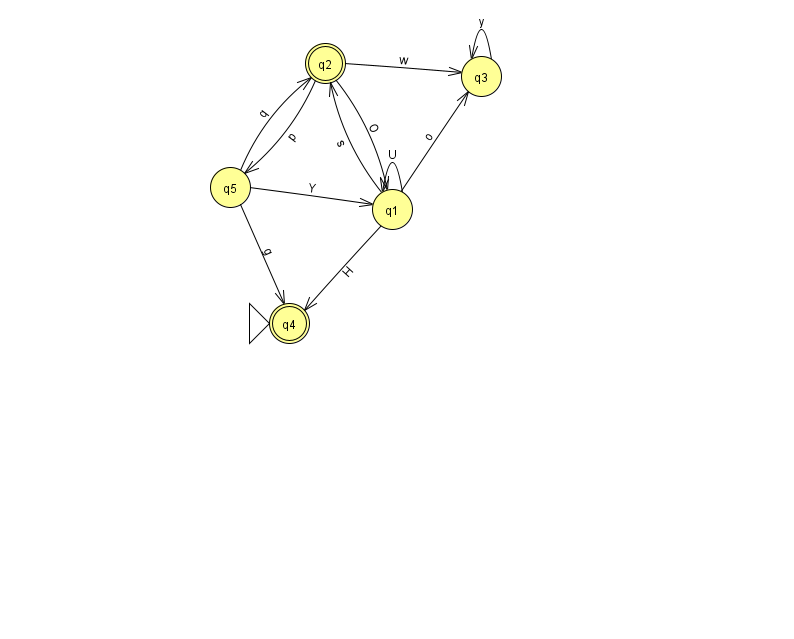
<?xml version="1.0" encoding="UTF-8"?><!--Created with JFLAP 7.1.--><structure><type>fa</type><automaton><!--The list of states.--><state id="1" name="q1"><x>392.0</x><y>196.0</y></state><state id="2" name="q2"><x>325.0</x><y>50.0</y><final/></state><state id="3" name="q3"><x>481.0</x><y>63.0</y></state><state id="4" name="q4"><x>289.0</x><y>310.0</y><initial/><final/></state><state id="5" name="q5"><x>230.0</x><y>174.0</y></state><!--The list of transitions.--><transition><from>2</from><to>5</to><read>p</read></transition><transition><from>1</from><to>2</to><read>s</read></transition><transition><from>2</from><to>3</to><read>w</read></transition><transition><from>5</from><to>2</to><read>q</read></transition><transition><from>5</from><to>4</to><read>g</read></transition><transition><from>1</from><to>1</to><read>U</read></transition><transition><from>3</from><to>3</to><read>y</read></transition><transition><from>1</from><to>3</to><read>o</read></transition><transition><from>5</from><to>1</to><read>Y</read></transition><transition><from>1</from><to>4</to><read>H</read></transition><transition><from>2</from><to>1</to><read>O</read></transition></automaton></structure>